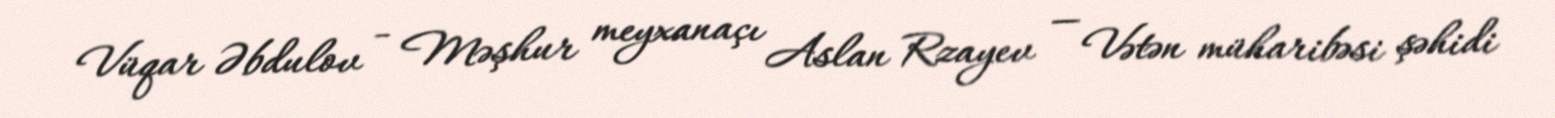
Vüqar Əbdulov - Məşhur meyxanaçı Aslan Rzayev — Vətən müharibəsi şəhidi